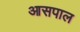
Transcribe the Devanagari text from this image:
आसपाल